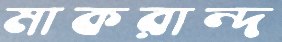
মাকরান্দ